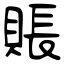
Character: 賬